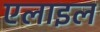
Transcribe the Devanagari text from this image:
एलाइल